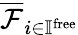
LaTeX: \overline{{\mathcal{F}}}_{i\in\mathbb{I}^{\mathrm{free}}}